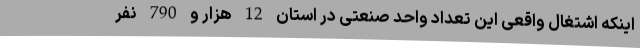
اینکه اشتغال واقعی این تعداد واحد صنعتی در استان 12 هزار و 790 نفر